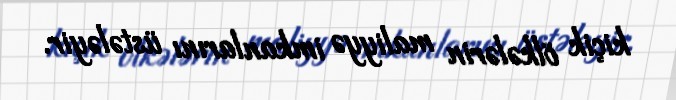
kiçik ölkələrin maliyyə imkanlarını üstələyir.